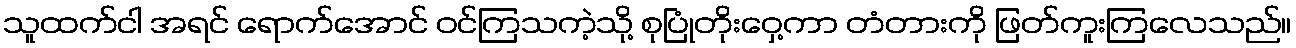
သူထက်ငါ အရင် ရောက်အောင် ဝင်ကြသကဲ့သို့ စုပြုံတိုးဝှေ့ကာ တံတားကို ဖြတ်ကူးကြလေသည်။